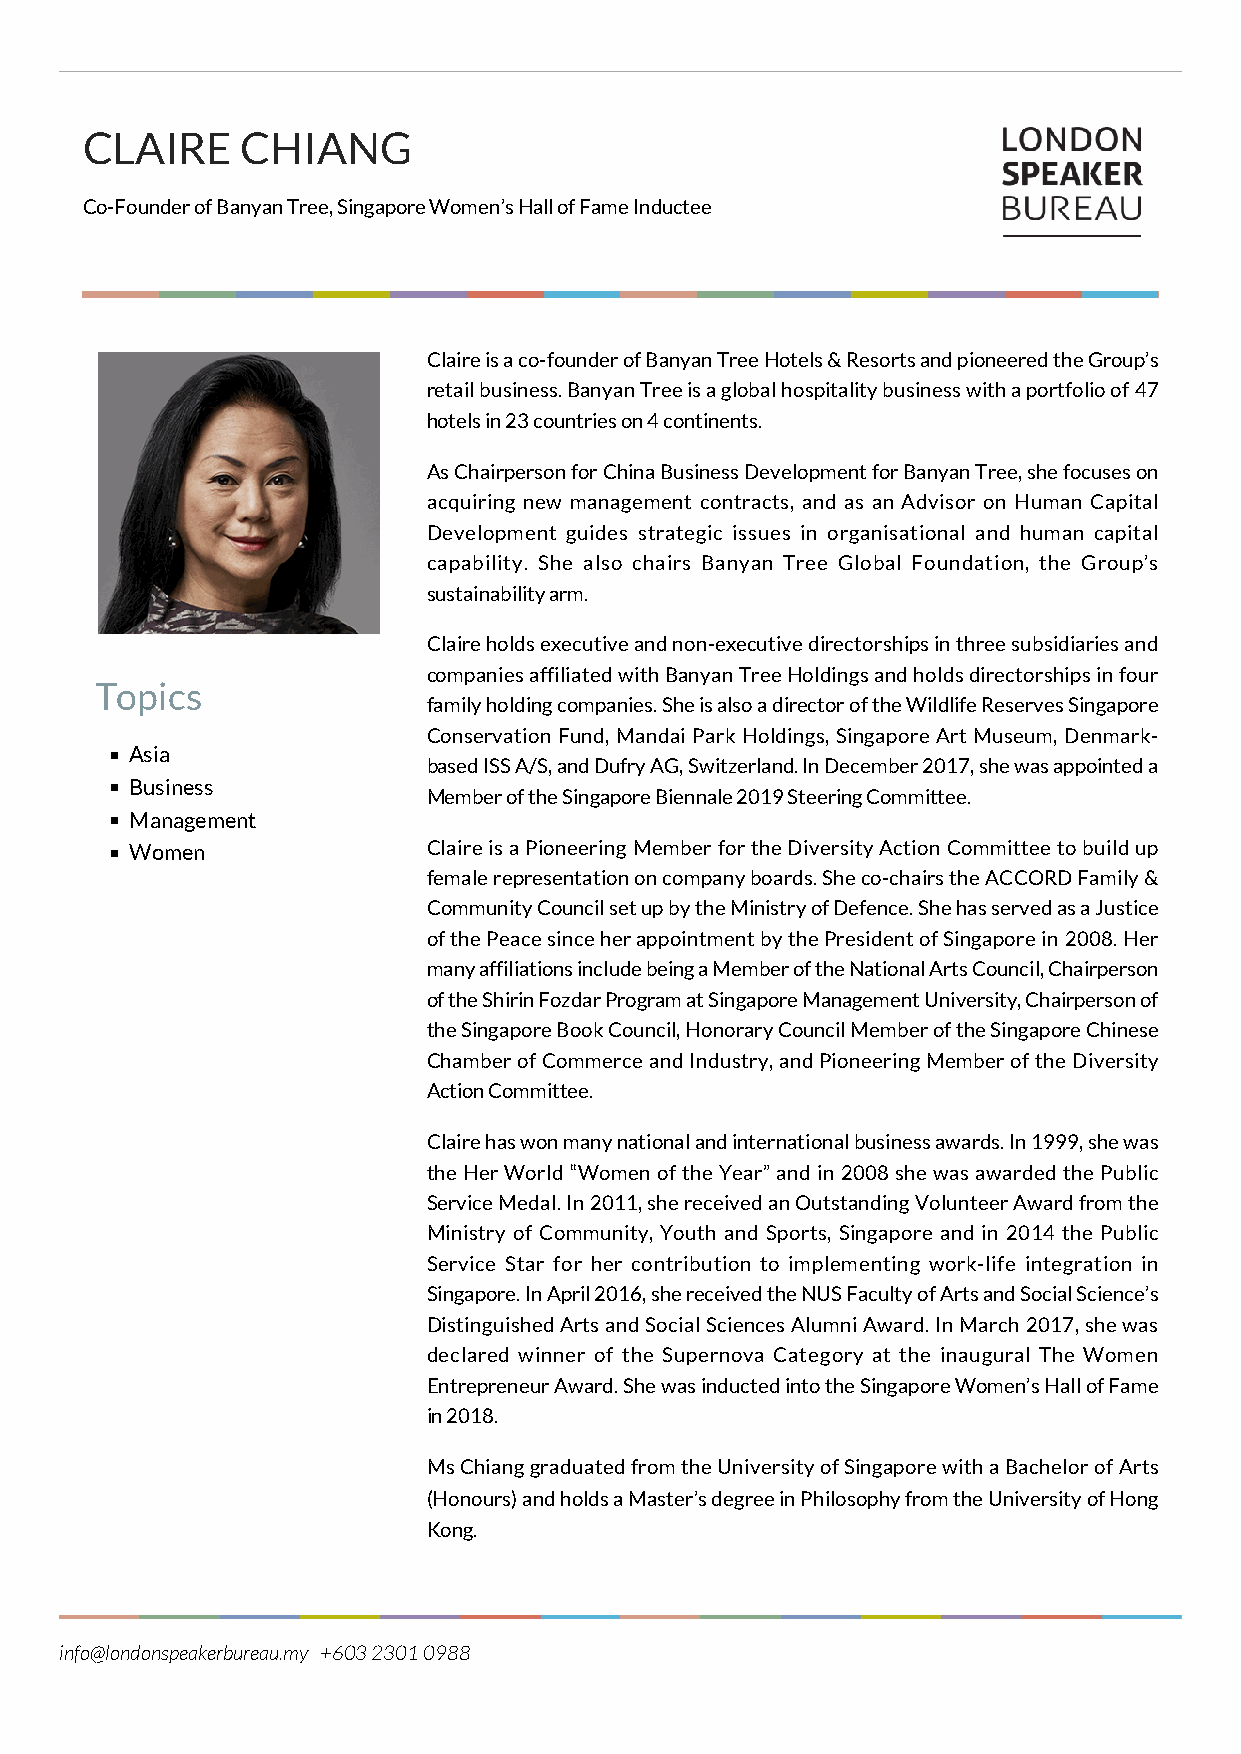
CLAIRE     CHIANG
 Co-Founder of Banyan Tree, Singapore Women’s Hall of Fame Inductee
 Claire is a co-founder of Banyan Tree Hotels & Resorts and pioneered the Group’s
 retail business. Banyan Tree is a global hospitality business with a portfolio of 47
 hotels in 23 countries on 4 continents.
 As Chairperson for China Business Development for Banyan Tree, she focuses on
 acquiring new management contracts, and as an Advisor on Human Capital
 Development guides strategic issues in organisational and human capital
 capability. She also chairs Banyan Tree Global Foundation, the Group’s
 sustainability arm.
 Claire holds executive and non-executive directorships in three subsidiaries and
 companies affiliated with Banyan Tree Holdings and holds directorships in four
 Topics
 family holding companies. She is also a director of the Wildlife Reserves Singapore
 Conservation Fund, Mandai Park Holdings, Singapore Art Museum, Denmark-
 Asia
 based ISS A/S, and Dufry AG, Switzerland. In December 2017, she was appointed a
 Business
 Member of the Singapore Biennale 2019 Steering Committee.
 Management
 Women              Claire is a Pioneering Member for the Diversity Action Committee to build up
 female representation on company boards. She co-chairs the ACCORD Family &
 Community Council set up by the Ministry of Defence. She has served as a Justice
 of the Peace since her appointment by the President of Singapore in 2008. Her
 many affiliations include being a Member of the National Arts Council, Chairperson
 of the Shirin Fozdar Program at Singapore Management University, Chairperson of
 the Singapore Book Council, Honorary Council Member of the Singapore Chinese
 Chamber of Commerce and Industry, and Pioneering Member of the Diversity
 Action Committee.
 Claire has won many national and international business awards. In 1999, she was
 the Her World “Women of the Year” and in 2008 she was awarded the Public
 Service Medal. In 2011, she received an Outstanding Volunteer Award from the
 Ministry of Community, Youth and Sports, Singapore and in 2014 the Public
 Service Star for her contribution to implementing work-life integration in
 Singapore. In April 2016, she received the NUS Faculty of Arts and Social Science’s
 Distinguished Arts and Social Sciences Alumni Award. In March 2017, she was
 declared winner of the Supernova Category at the inaugural The Women
 Entrepreneur Award. She was inducted into the Singapore Women’s Hall of Fame
 in 2018.
 Ms Chiang graduated from the University of Singapore with a Bachelor of Arts
 (Honours) and holds a Master’s degree in Philosophy from the University of Hong
 Kong.
 info@londonspeakerbureau.my +603 2301 0988